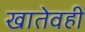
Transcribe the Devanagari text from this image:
खातेवही